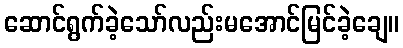
ဆောင်ရွက်ခဲ့သော်လည်းမအောင်မြင်ခဲ့ချေ။